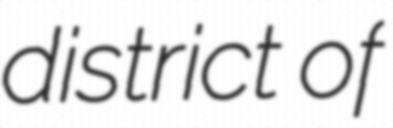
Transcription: district of